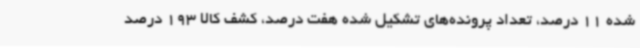
شده 11 درصد، تعداد پرونده‌های تشکیل شده هفت درصد، کشف کالا 193 درصد